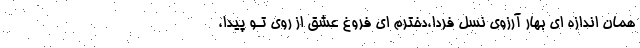
همان اندازه ای بهار آرزوی نسل فردا،دخترم ای فروغ عشق از روی تـو پیدا،